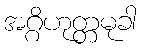
အဂ္ဂိဟုတ္တမုခါ